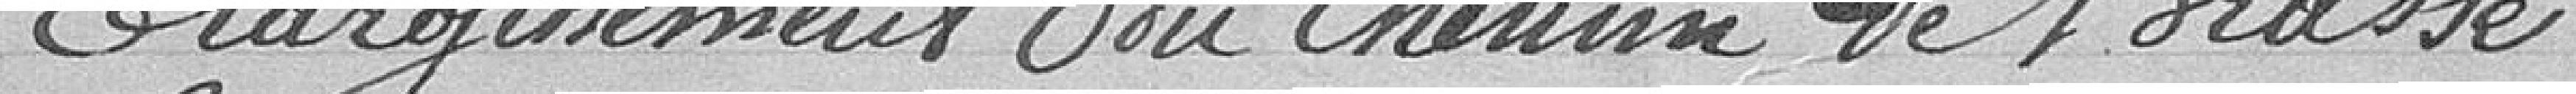
Élargissement du chemin de brasse